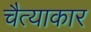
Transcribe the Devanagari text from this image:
चैत्याकार